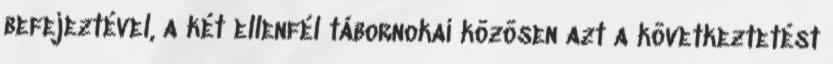
befejeztével, a két ellenfél tábornokai közösen azt a következtetést